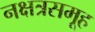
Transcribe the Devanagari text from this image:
नक्षत्रसमूह